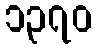
၁၃၇၀